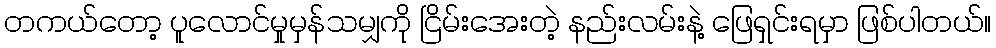
တကယ်တော့ ပူလောင်မှုမှန်သမျှကို ငြိမ်းအေးတဲ့ နည်းလမ်းနဲ့ ဖြေရှင်းရမှာ ဖြစ်ပါတယ်။